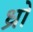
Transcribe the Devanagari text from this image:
ध्रो